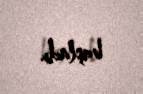
başladı.